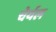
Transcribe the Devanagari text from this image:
चेर्यल